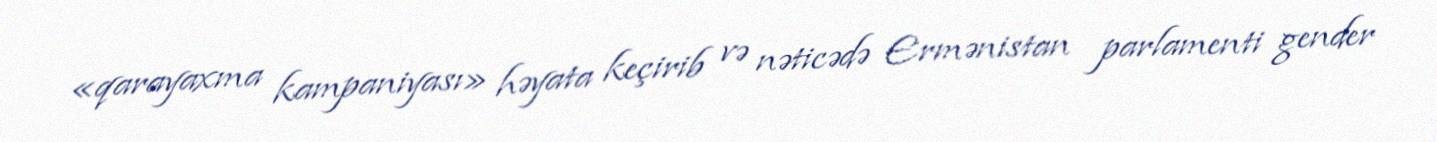
«qarayaxma kampaniyası» həyata keçirib və nəticədə Ermənistan parlamenti gender